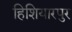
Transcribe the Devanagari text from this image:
हिशियारपुर